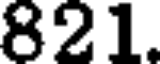
821.